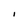
Character: I